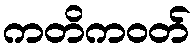
ကတိကဝတ်